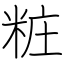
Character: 粧